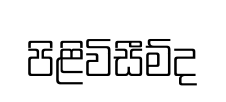
පිළිවිසීම්ද